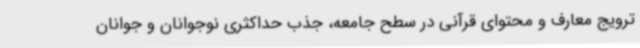
ترویج معارف و محتوای قرآنی در سطح جامعه، جذب حداکثری نوجوانان و جوانان